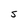
Character: s